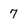
Character: 7